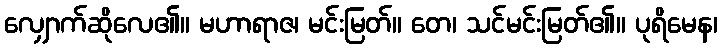
လျှောက်ဆိုလေ၏။ မဟာရာဇ၊ မင်းမြတ်။ တေ၊ သင်မင်းမြတ်၏။ ပုရိမေန၊